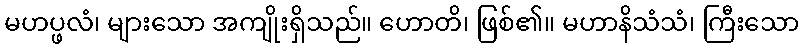
မဟပ္ဖလံ၊ များသော အကျိုးရှိသည်။ ဟောတိ၊ ဖြစ်၏။ မဟာနိသံသံ၊ ကြီးသော